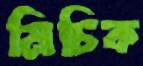
মিচিক